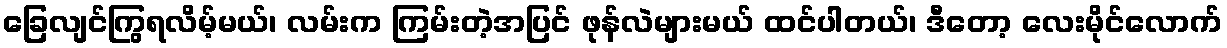
ခြေလျင်ကြွရလိမ့်မယ်၊ လမ်းက ကြမ်းတဲ့အပြင် ဖုန်လဲများမယ် ထင်ပါတယ်၊ ဒီတော့ လေးမိုင်လောက်